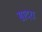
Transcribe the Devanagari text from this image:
सादरा